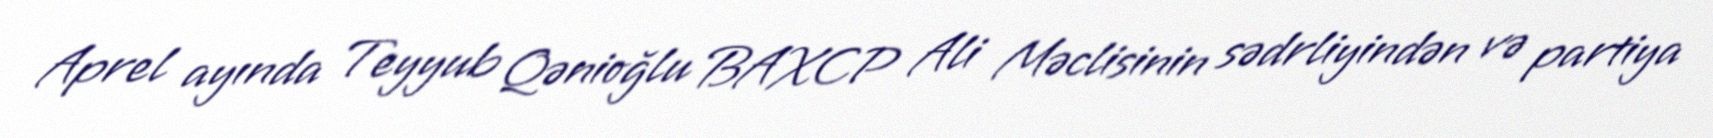
Aprel ayında Teyyub Qənioğlu BAXCP Ali Məclisinin sədrliyindən və partiya